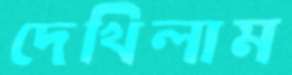
দেখিলাম